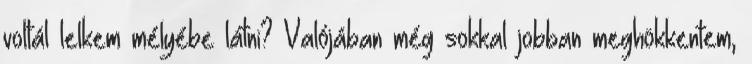
voltál lelkem mélyébe látni? Valójában még sokkal jobban meghökkentem,